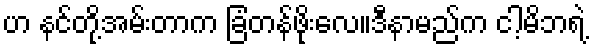
ဟ နင်တို့အမ်းတာက ခြံတန်ဖိုးလေ။ဒီနာမည်က ငါ့မိဘရဲ့